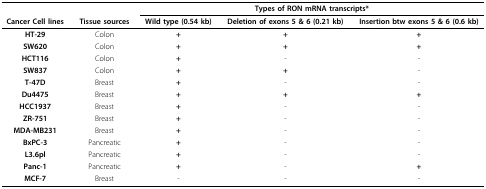
<table><thead><tr><td></td><td></td><td colspan="3"><b>Types of RON mRNA transcripts*</b></td></tr><tr><td><b>Cancer Cell lines</b></td><td><b>Tissue sources</b></td><td><b>Wild type (0.54 kb)</b></td><td><b>Deletion of exons 5 &amp; 6 (0.21 kb)</b></td><td><b>Insertion btw exons 5 &amp; 6 (0.6 kb)</b></td></tr></thead><tbody><tr><td><b>HT-29</b></td><td>Colon</td><td><b>+</b></td><td><b>+</b></td><td><b>+</b></td></tr><tr><td><b>SW620</b></td><td>Colon</td><td><b>+</b></td><td><b>+</b></td><td><b>+</b></td></tr><tr><td><b>HCT116</b></td><td>Colon</td><td><b>+</b></td><td>-</td><td>-</td></tr><tr><td><b>SW837</b></td><td>Colon</td><td><b>+</b></td><td><b>+</b></td><td>-</td></tr><tr><td><b>T-47D</b></td><td>Breast</td><td><b>+</b></td><td>-</td><td>-</td></tr><tr><td><b>Du4475</b></td><td>Breast</td><td><b>+</b></td><td><b>+</b></td><td><b>+</b></td></tr><tr><td><b>HCC1937</b></td><td>Breast</td><td><b>+</b></td><td>-</td><td>-</td></tr><tr><td><b>ZR-751</b></td><td>Breast</td><td><b>+</b></td><td>-</td><td>-</td></tr><tr><td><b>MDA-MB231</b></td><td>Breast</td><td><b>+</b></td><td>-</td><td>-</td></tr><tr><td><b>BxPC-3</b></td><td>Pancreatic</td><td><b>+</b></td><td>-</td><td>-</td></tr><tr><td><b>L3.6pl</b></td><td>Pancreatic</td><td><b>+</b></td><td>-</td><td>-</td></tr><tr><td><b>Panc-1</b></td><td>Pancreatic</td><td><b>+</b></td><td>-</td><td><b>+</b></td></tr><tr><td><b>MCF-7</b></td><td>Breast</td><td>-</td><td>-</td><td>-</td></tr></tbody></table>